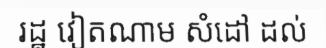
រដ្ឋ វៀតណាម សំដៅ ដល់